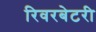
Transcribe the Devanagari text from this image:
रिवरबेटरी